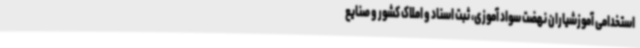
استخدامی آموزشیاران نهضت سواد آموزی، ثبت اسناد و املاک کشور و صنایع